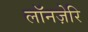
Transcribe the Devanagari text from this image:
लॉनज़ेरि